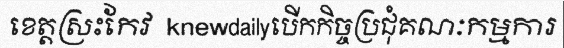
ខេត្តស្រះកែវ  knewdailyបើកកិច្ចប្រជុំគណៈកម្មការ